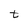
Character: t